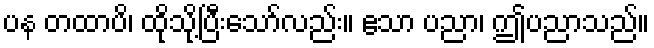
ပန တထာပိ၊ ထိုသို့ပြီးသော်လည်း။ ဧသာ ပညာ၊ ဤပညာသည်။